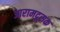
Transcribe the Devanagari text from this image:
आरामदूसक